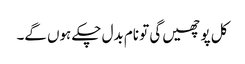
کل پوچھیں گی تو نام بدل چکے ہوں گے۔